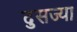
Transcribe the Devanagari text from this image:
दुसज्या